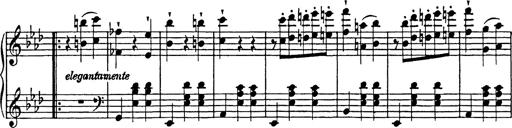
Title: Feuilles d'Album
Composer: Percy Godfrey